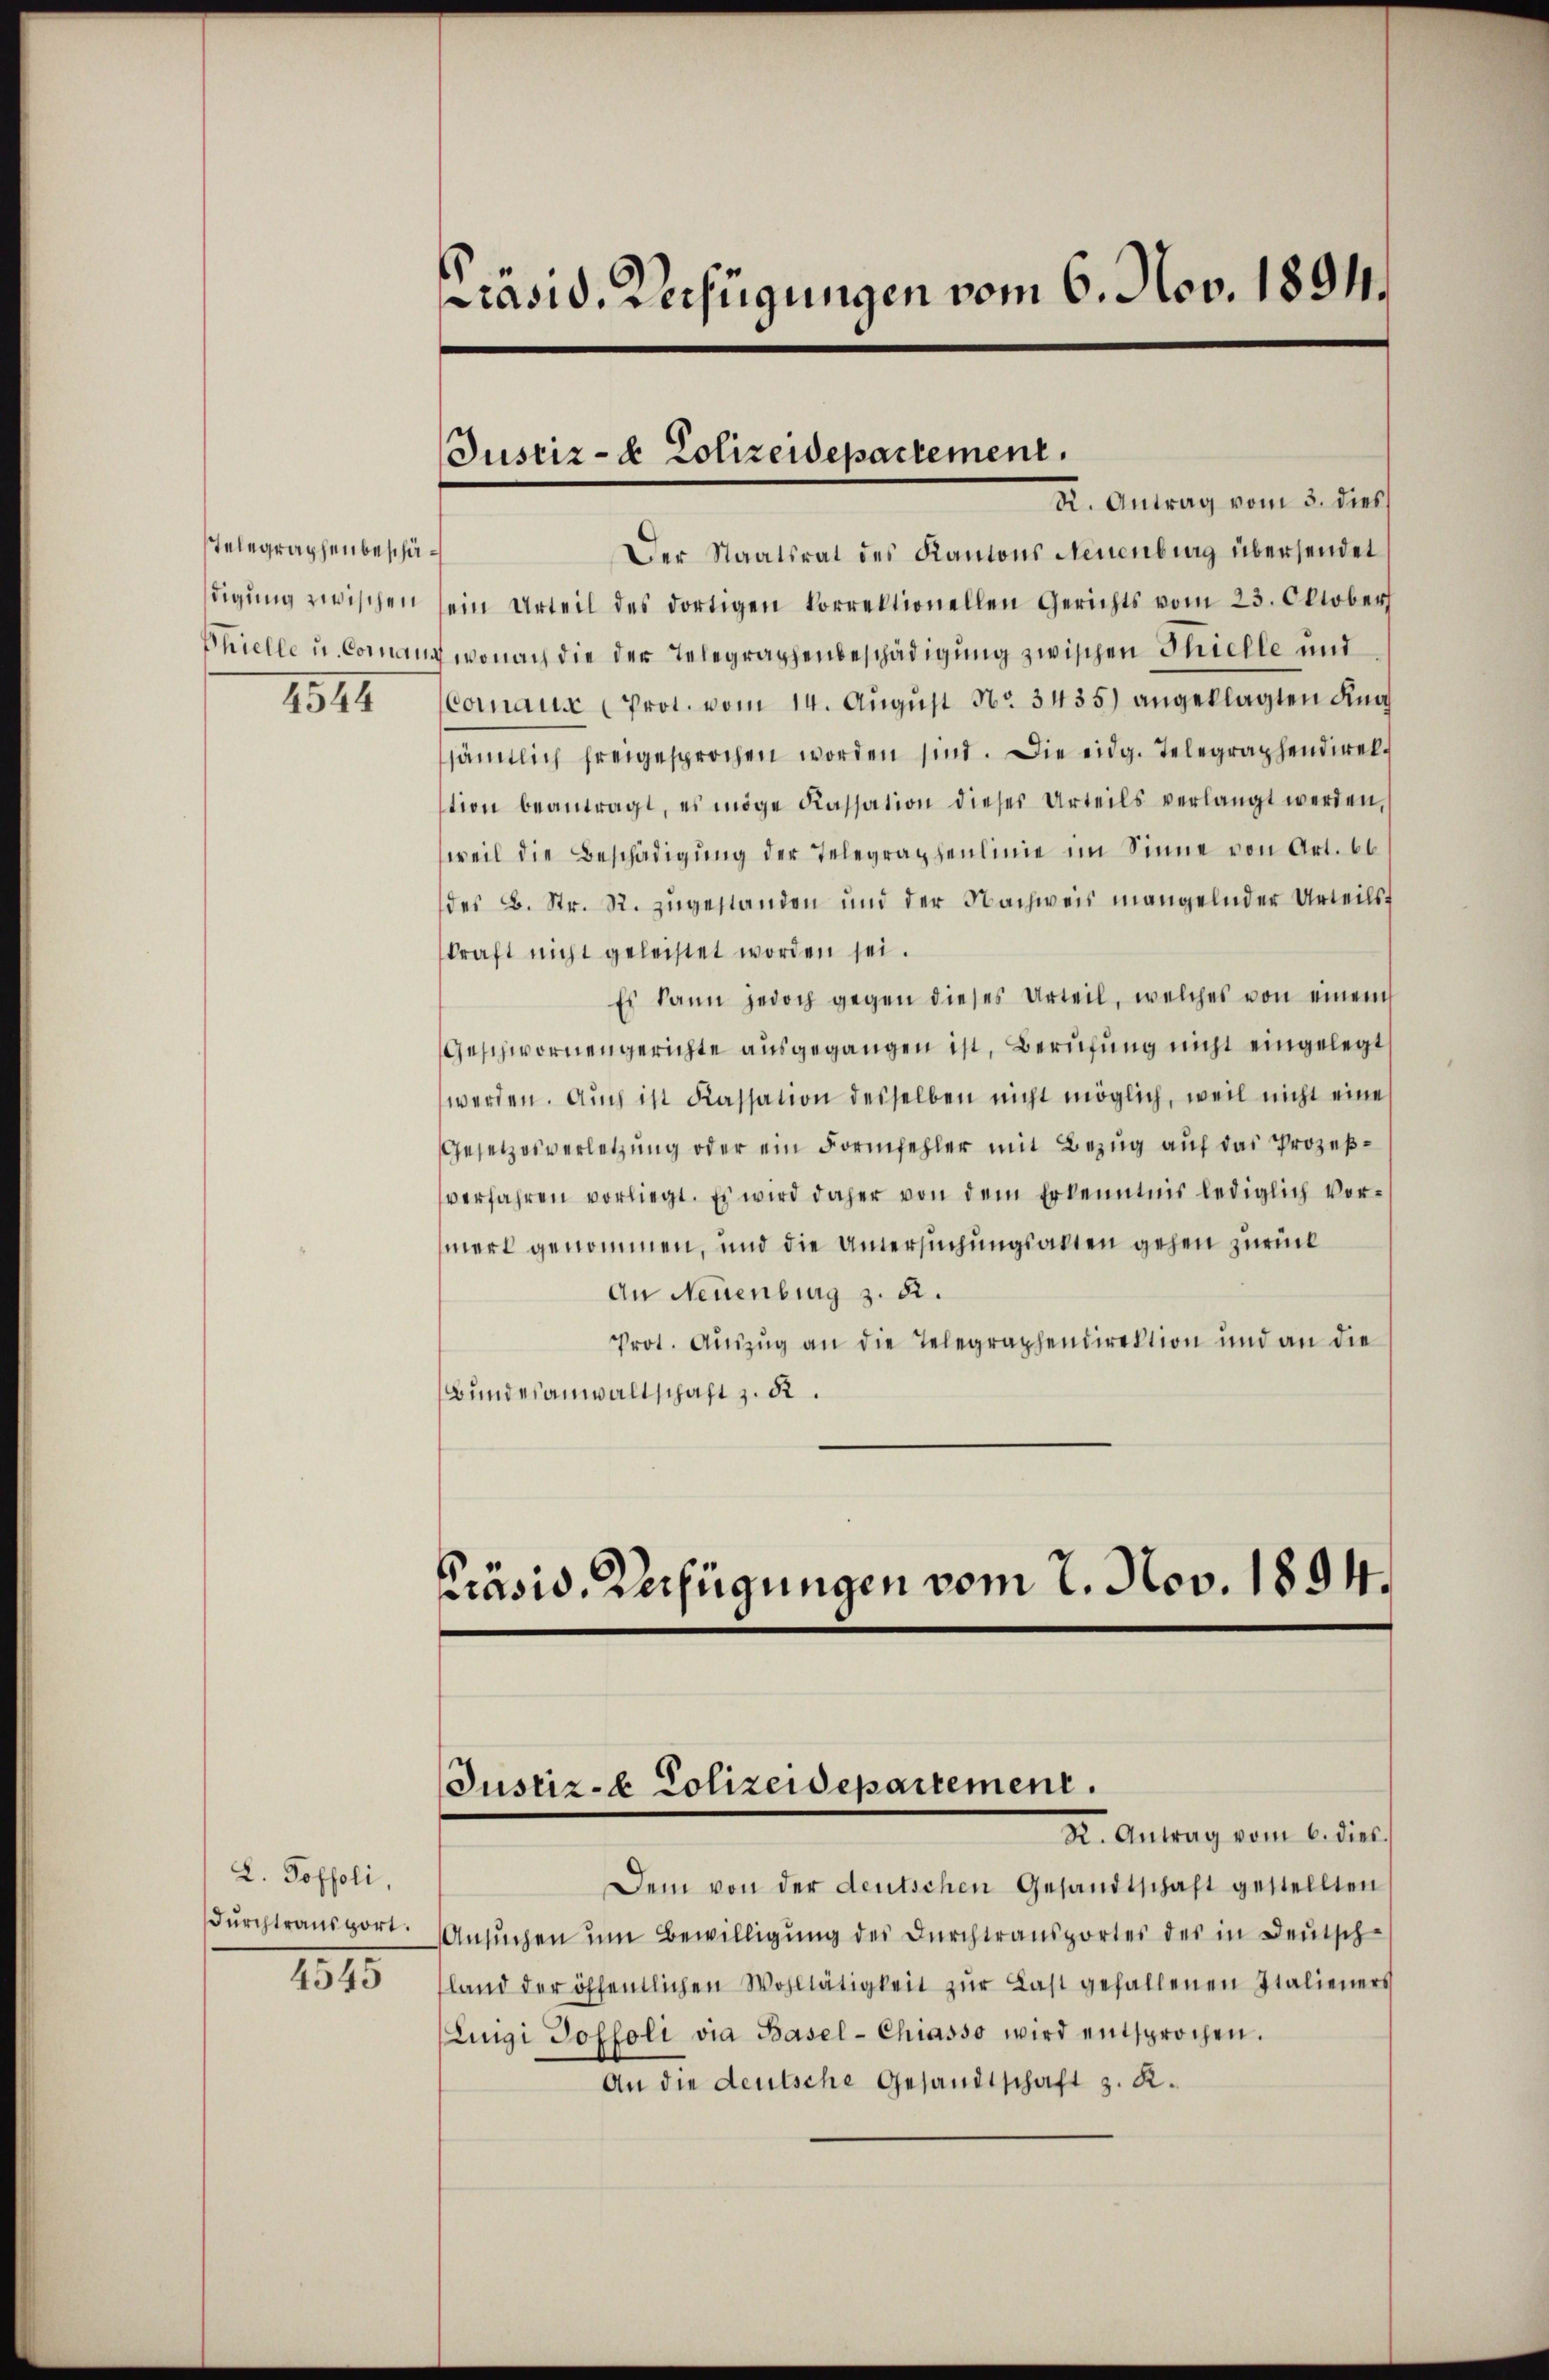
Telegraphenbeschä¬
1544

L. Poffoli,
Durchtransport.
1315

rasid. Verfügungen vom 6. Nov. 1894.

Justiz- & Polizeidepartement.

K. Antrag vom 3. dies
Der Staatsrat des Kantons Neuenburg übersendet
digŭng zwischen sein Urteil des dortigen korrektionellen Gerichts vom 23. Oktober
Bhielle u. Commann, wonach die der Telegraphenbeschädigung zwischen Thielle und
Comaur (Prot. vom 14. Aŭgŭst No. 3435) angeklagten Kna
sämtlich freigesprochen worden sind. Die eidg. Telegraphendirektion beantragt, es möge Kassation dieses Urteils verlangt werden,
weil die Beschädigŭng der Telegraphenlinie im Sinne von Art. 66
des B. Str. R. zugestanden und der Nachweis mangelnder Urteilst
skraft nicht geleistet worden sei.
Es kann jedoch gegen dieses Urteil, welches von einem
Geschwornengerichte ausgegangen ist, Berufung nicht eingelegt
werden. Aŭch ist Kassation desselben nicht möglich, weil nicht eine
Gesetzesverletzung oder ein Formfehler mit Bezug auf das Prozeßverfahren vorliegt. Es wird daher von dem Erkenntnis lediglich vormerk genommen, und die Untersuchungsakten gehen zurück
An Neuenburg z. R.
Prot. Auszug an die Telegraphendirektion und an die
Bundesanwaltschaft z. R.

Präsid. Verfügungen vom 2. Nov. 1894.
Justiz- & Polizeidepartement.
X. Antrag vom 6. dies

Dem von der deutschen Gesandtschaft gestellten
Ansuchen um Bewilligung des Durchtransportes des in Deutsch-
land der öffentlichen Wohltätigkeit zŭr Last gefallenen Italieners
Zuigi Poffoli via Basel-Chiasso wird entsprochen.
An die deutsche Gesandtschaft z. K.